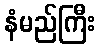
နံမည်ကြီး